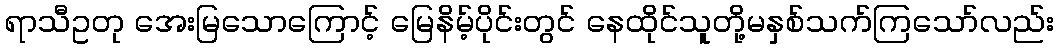
ရာသီဥတု အေးမြသောကြောင့် မြေနိမ့်ပိုင်းတွင် နေထိုင်သူတို့မနှစ်သက်ကြသော်လည်း